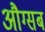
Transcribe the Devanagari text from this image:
औग्सब